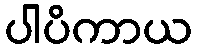
ပါပိကာယ